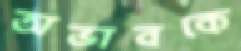
অভাবকে